Civil Veterinary Dept. North-West Frontier Province 1933-46 - 1933-1946
Year: 1933
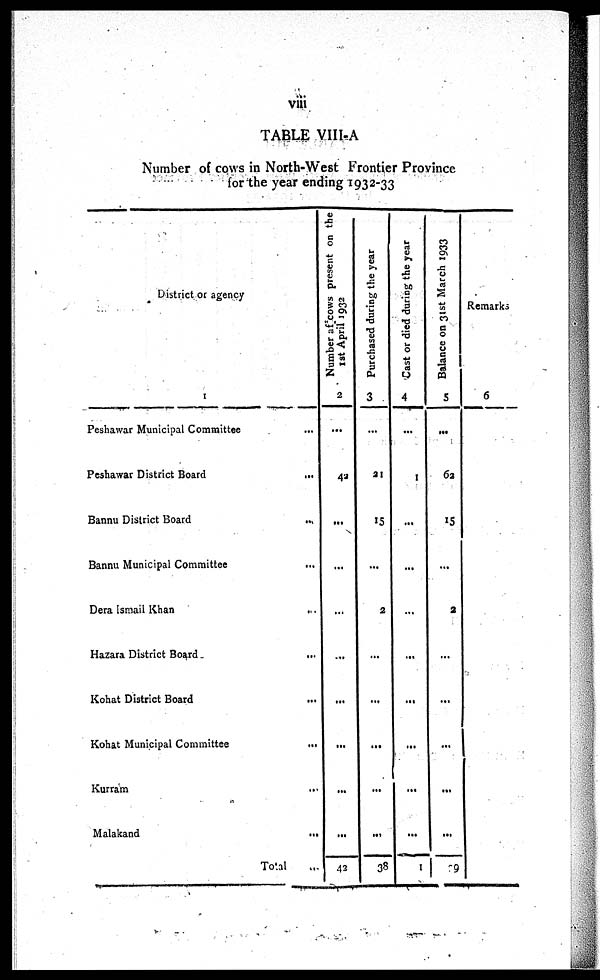
viii
TABLE VIII-A
Number of cows in North-West Frontier Province
for the year ending 1932-33
District or agency
1
Peshawar Municipal Committee ...
Peshawar District Board ...
Bannu District Board ...
Bannu Municipal Committee
...
Dera Ismail Khan ...
Hazara District Board ...
Kohat District Board
...
Kohat Municipal Committee
...
Kurram ...
Malakand
...
Total ...
Number off cows present on the
1st April 1932
2
...
42
...
...
...
...
...
...
...
...
42
Purchased during the year
3
...
21
15
...
2
...
...
...
...
...
38
Cast or died during the year
4
...
1
...
...
...
...
...
...
...
1
Balance on 31st March 1933
5
...
62
15
...
2
...
...
...
...
...
29
Remarks
6